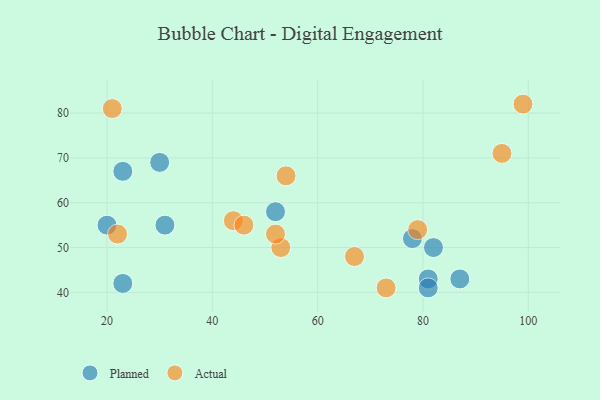
{"axis": {"x": "GDP", "y": "Life Expectancy"}, "legend": ["Actual", "Planned"], "data": [{"x": "87", "y": 43, "type": "Planned"}, {"x": "30", "y": 69, "type": "Planned"}, {"x": "23", "y": 42, "type": "Planned"}, {"x": "20", "y": 55, "type": "Planned"}, {"x": "82", "y": 50, "type": "Planned"}, {"x": "23", "y": 67, "type": "Planned"}, {"x": "31", "y": 55, "type": "Planned"}, {"x": "81", "y": 43, "type": "Planned"}, {"x": "81", "y": 41, "type": "Planned"}, {"x": "52", "y": 58, "type": "Planned"}, {"x": "78", "y": 52, "type": "Planned"}, {"x": "67", "y": 48, "type": "Actual"}, {"x": "95", "y": 71, "type": "Actual"}, {"x": "73", "y": 41, "type": "Actual"}, {"x": "99", "y": 82, "type": "Actual"}, {"x": "22", "y": 53, "type": "Actual"}, {"x": "53", "y": 50, "type": "Actual"}, {"x": "54", "y": 66, "type": "Actual"}, {"x": "44", "y": 56, "type": "Actual"}, {"x": "46", "y": 55, "type": "Actual"}, {"x": "52", "y": 53, "type": "Actual"}, {"x": "21", "y": 81, "type": "Actual"}, {"x": "79", "y": 54, "type": "Actual"}]}